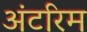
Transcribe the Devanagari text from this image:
अंटरिम